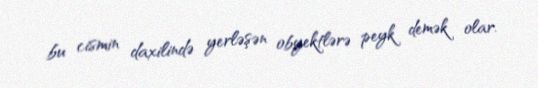
bu cismin daxilində yerləşən obyektlərə peyk demək olar.